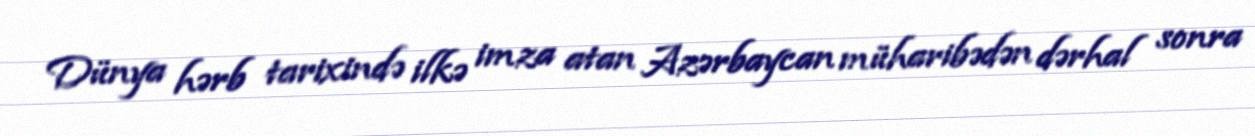
Dünya hərb tarixində ilkə imza atan Azərbaycan müharibədən dərhal sonra